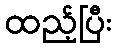
ထည့်ပြီး